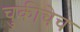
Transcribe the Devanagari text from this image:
चुकीचेच